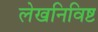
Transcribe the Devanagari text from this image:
लेखनिविष्ट